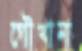
গৌখানা